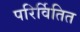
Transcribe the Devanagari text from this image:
परिर्वितित